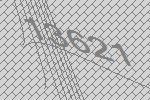
13621